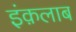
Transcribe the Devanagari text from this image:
इंक़लाब